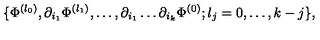
\{ \Phi ^ { ( l _ { 0 } ) } , \partial _ { i _ { 1 } } \Phi ^ { ( l _ { 1 } ) } , \ldots , \partial _ { i _ { 1 } } \dots \partial _ { i _ { k } } \Phi ^ { ( 0 ) } ; l _ { j } = 0 , \ldots , k - j \} ,